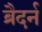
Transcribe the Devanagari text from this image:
ब्रैदर्न